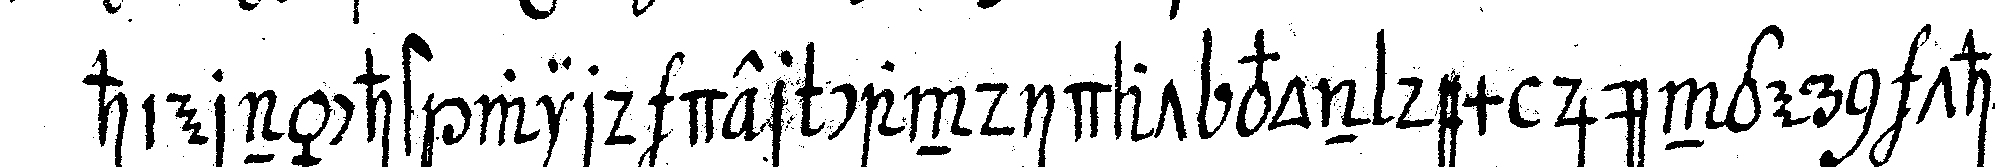
hiernächst wird der candidat von dem jüngern thür